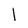
Character: l